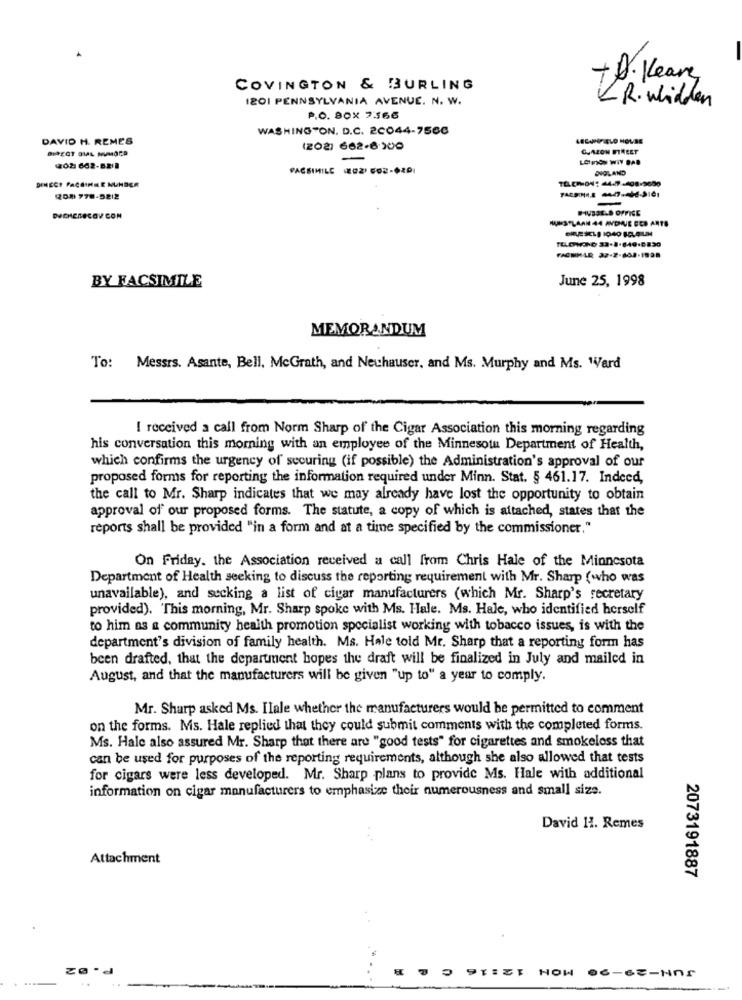
+ D. Kleary
COVINGTON & BURLING
I201 PENNSYLVANIA AVENUE. N. W.
KR. whidden
P.O. BOX 7566
WASHINGTON, D.C. 20044-7560
DAVID H. REMES
LECANFIELD HOUSE
DIRECT DIAL MIMOER
(202) 662-6 300
202 662-8218
FACSIMILE (202) FO2-6201
ENGLAND
DINECT PAÇSINNE NUMBER
TELEFON: 64.7-408-9650
(208 778-5212
FIVBSE-S OFFICE
HURSTLAAN 44 ANDNE CES ANTS
FACHMAR 27-2-608-1938
BY FACSIMILE
June 25, 1998
MEMORANDUM
To: Messrs. Asante, Bell, McGrath, and Neuhauser, and Ms. Murphy and Ms. Ward
I received a call from Norm Sharp of the Cigar Association this morning regarding
his conversation this morning with an employee of the Minnesota Department of Health,
which confirms the urgency of securing (if possible) the Administration's approval of our
proposed forms for reporting the information required under Minn. Stat. § 461.17. Indeed,
the call to Mr. Sharp indicates that we may already have lost the opportunity to obtain
approval of our proposed forms. The statute, a copy of which is attached, states that the
reports shall be provided "in a form and at a time specified by the commissioner."
On Friday. the Association received a call from Chris Hale of the Minnesota
Department of Health seeking to discuss the reporting requirement with Mr. Sharp (who was
unavailable), and secking a list of cigar manufacturers (which Mr. Sharp's secretary
provided). This morning, Mr. Sharp spoke with Ms. Hale. Ms. Hale, who identified herself
to him as a community health promotion specialist working with tobacco issues, is with the
department's division of family health. Ms. Hale told Mr. Sharp that a reporting form has
been drafted, that the department hopes the draft will be finalized in July and mailed in
August, and that the manufacturers will be given "up to" a year to comply.
Mr. Sharp asked Ms. Ilale whether the manufacturers would be permitted to comment
on the forms. Ms. Hale replied that they could submit comments with the completed forms.
Ms. Hale also assured Mr. Sharp that there are "good tests" for cigarettes and smokeloss that
can be used for purposes of the reporting requirements, although she also allowed that tests
for cigars were less developed. Mr. Sharp plans to provide Ms. Hale with additional
information on cigar manufacturers to emphasize their numerousness and small size.
David 11. Remes
Attachment
2073191887
9TISI HOW
06-63-Nn1